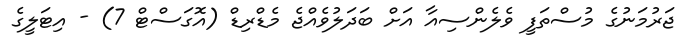
ޖަރުމަނުގެ މުސްތަފީ ވެލެންސިއާ އަށް ބަދަލުވެއްޖެ މެޑްރިޑް (އޮގަސްޓް 7) - އިޓަލީގެ